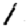
Digit: 1